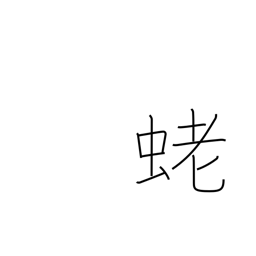
Meaning: shrimp